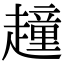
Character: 𧽿